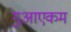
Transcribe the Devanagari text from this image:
गुआएकम